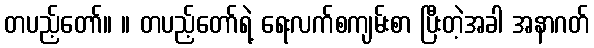
တပည့်တော်။ ။ တပည့်တော်ရဲ့ ရေးလက်စကျမ်းစာ ပြီးတဲ့အခါ အနာဂတ်